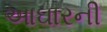
આઘારની